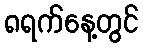
၈ရက်နေ့တွင်